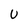
Character: U